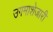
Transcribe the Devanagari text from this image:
उगमाशेजारी